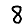
Digit: 8